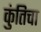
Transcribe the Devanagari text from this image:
कुंतिचा